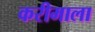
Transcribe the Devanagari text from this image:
करीमाला